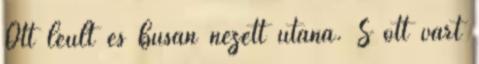
Ott leült és búsan nézett utána. S ott várt